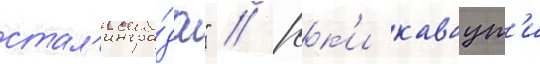
стал'ингра́да" // Юк'и каваут'и